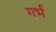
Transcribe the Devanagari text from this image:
गर्भं